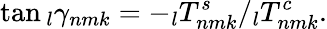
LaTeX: \tan\phantom{}_{l}\gamma_{nmk}=-\phantom{}_{l}T_{nmk}^{s}/\phantom{}_{l}T_{nmk}^{c}.